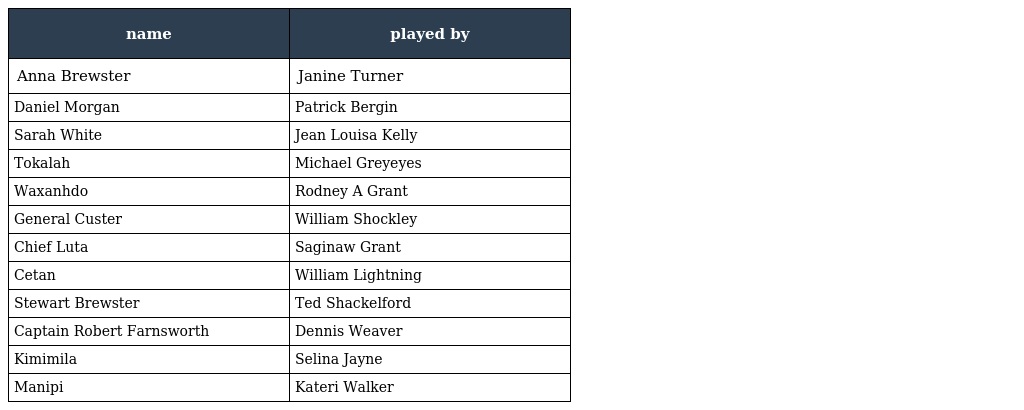
| name | played by |
 | --- | --- |
 | Anna Brewster | Janine Turner |
 | Daniel Morgan | Patrick Bergin |
 | Sarah White | Jean Louisa Kelly |
 | Tokalah | Michael Greyeyes |
 | Waxanhdo | Rodney A Grant |
 | General Custer | William Shockley |
 | Chief Luta | Saginaw Grant |
 | Cetan | William Lightning |
 | Stewart Brewster | Ted Shackelford |
 | Captain Robert Farnsworth | Dennis Weaver |
 | Kimimila | Selina Jayne |
 | Manipi | Kateri Walker |